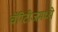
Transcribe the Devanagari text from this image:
चॅरिटीजमध्ये